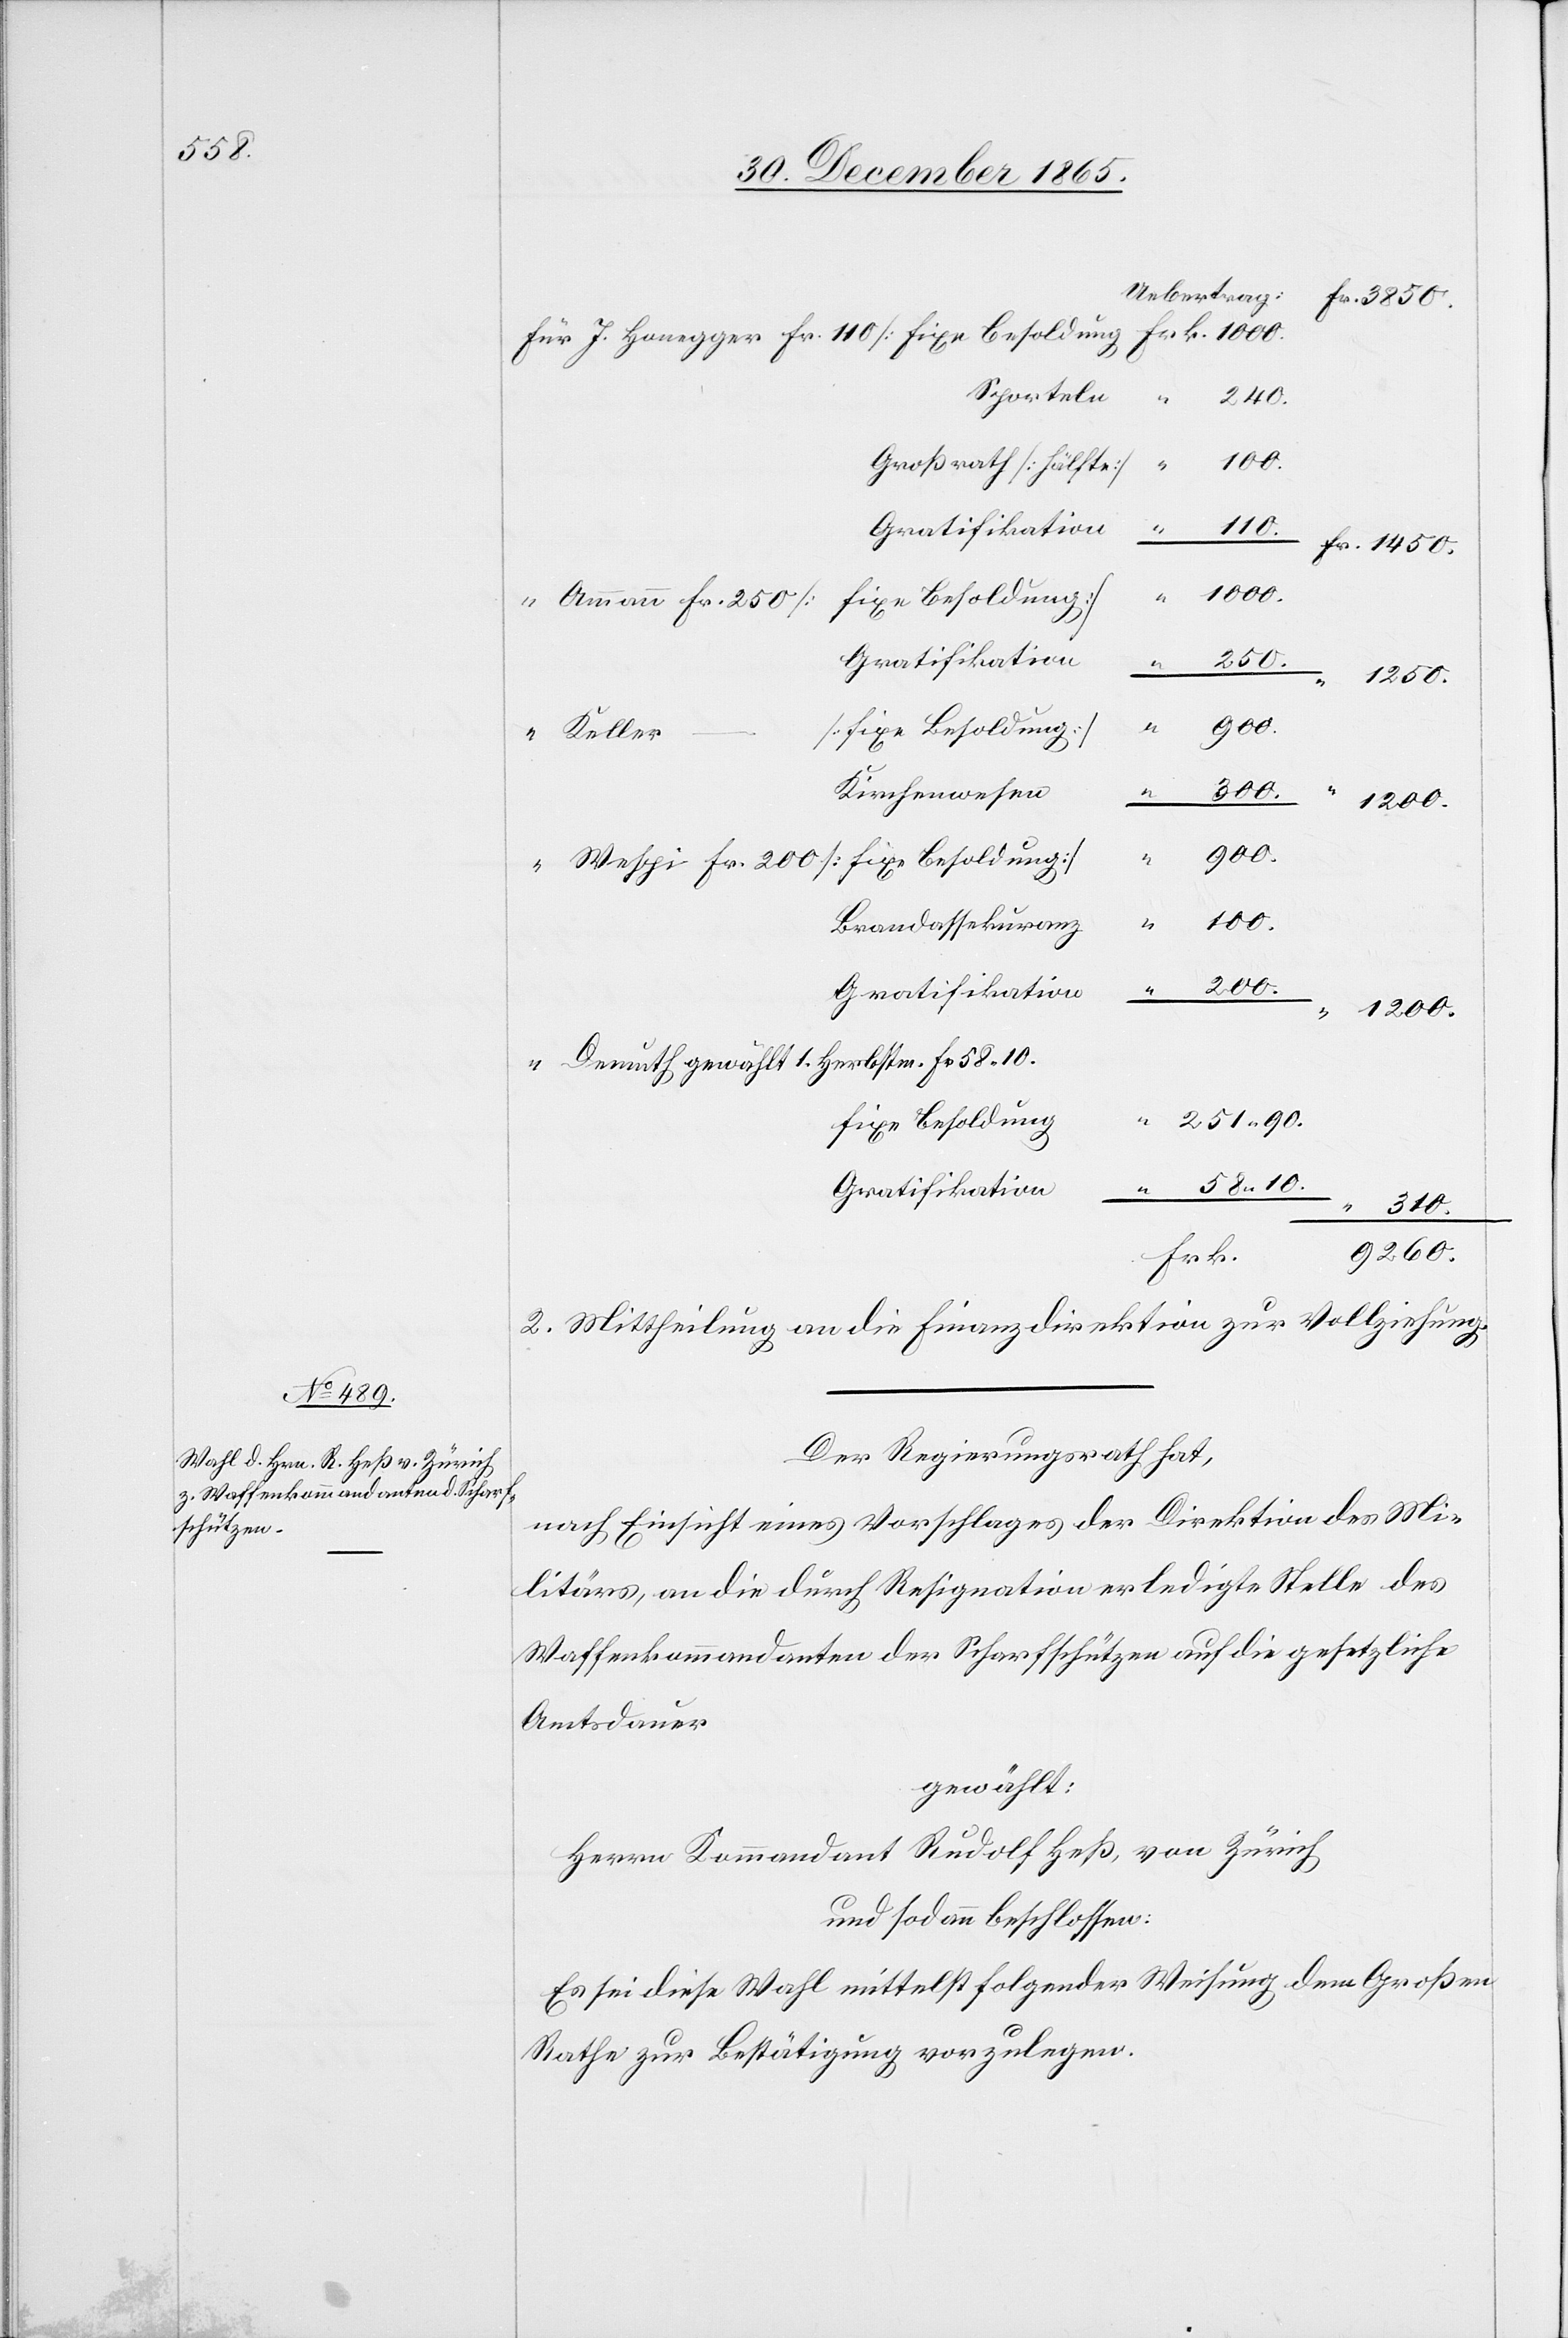
58.

1000.
Ammann Fr. 250
Gratifikation
“
[fixe Besoldung]
Keller
Kirchenwesen
310.
J.
10.
“
Brandassekuranz
Demuth gewählt 1. Herbstm. Fr. 58.10
fixe Besoldung
9260.
Frk.
2. Mittheilung an die Finanzdirektion zur Vollziehung.
Der Regierungsrath hat,
nach Einsicht eines Vorschlages der Direktion des Mi¬
litärs, an die durch Resignation erledigte Stelle des
Waffenkommandanten der Scharfschützen auf die gesetzliche
Amtsdauer
gewählt:
Herrn Kommandant Rudolf Heß, von Zürich
und sodann beschlossen:
Es sei diese Wahl mittelst folgender Weisung dem Großen
Rathe zur Bestätigung vorzulegen.